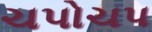
ચપોચપ